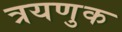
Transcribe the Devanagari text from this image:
त्रयणुक